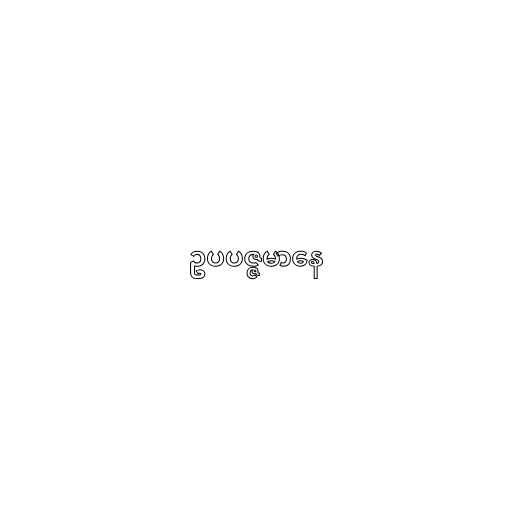
ဥပပဇ္ဇမာနေ